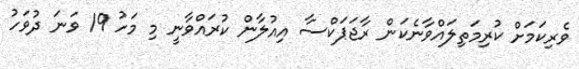
ވެރިކަމަށް ކުރިމަތިލައްވާނެކަން ރާޖަޕަކްސާ އިއުލާން ކުރައްވާނީ މި މަހު 19 ވަނަ ދުވަހު